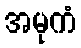
အမုကံ